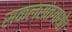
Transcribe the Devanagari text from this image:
सकलसंतगाथेत